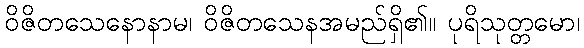
ဝိဇိတသေနောနာမ၊ ဝိဇိတသေနအမည်ရှိ၏။ ပုရိသုတ္တမော၊